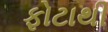
ફોટાથી